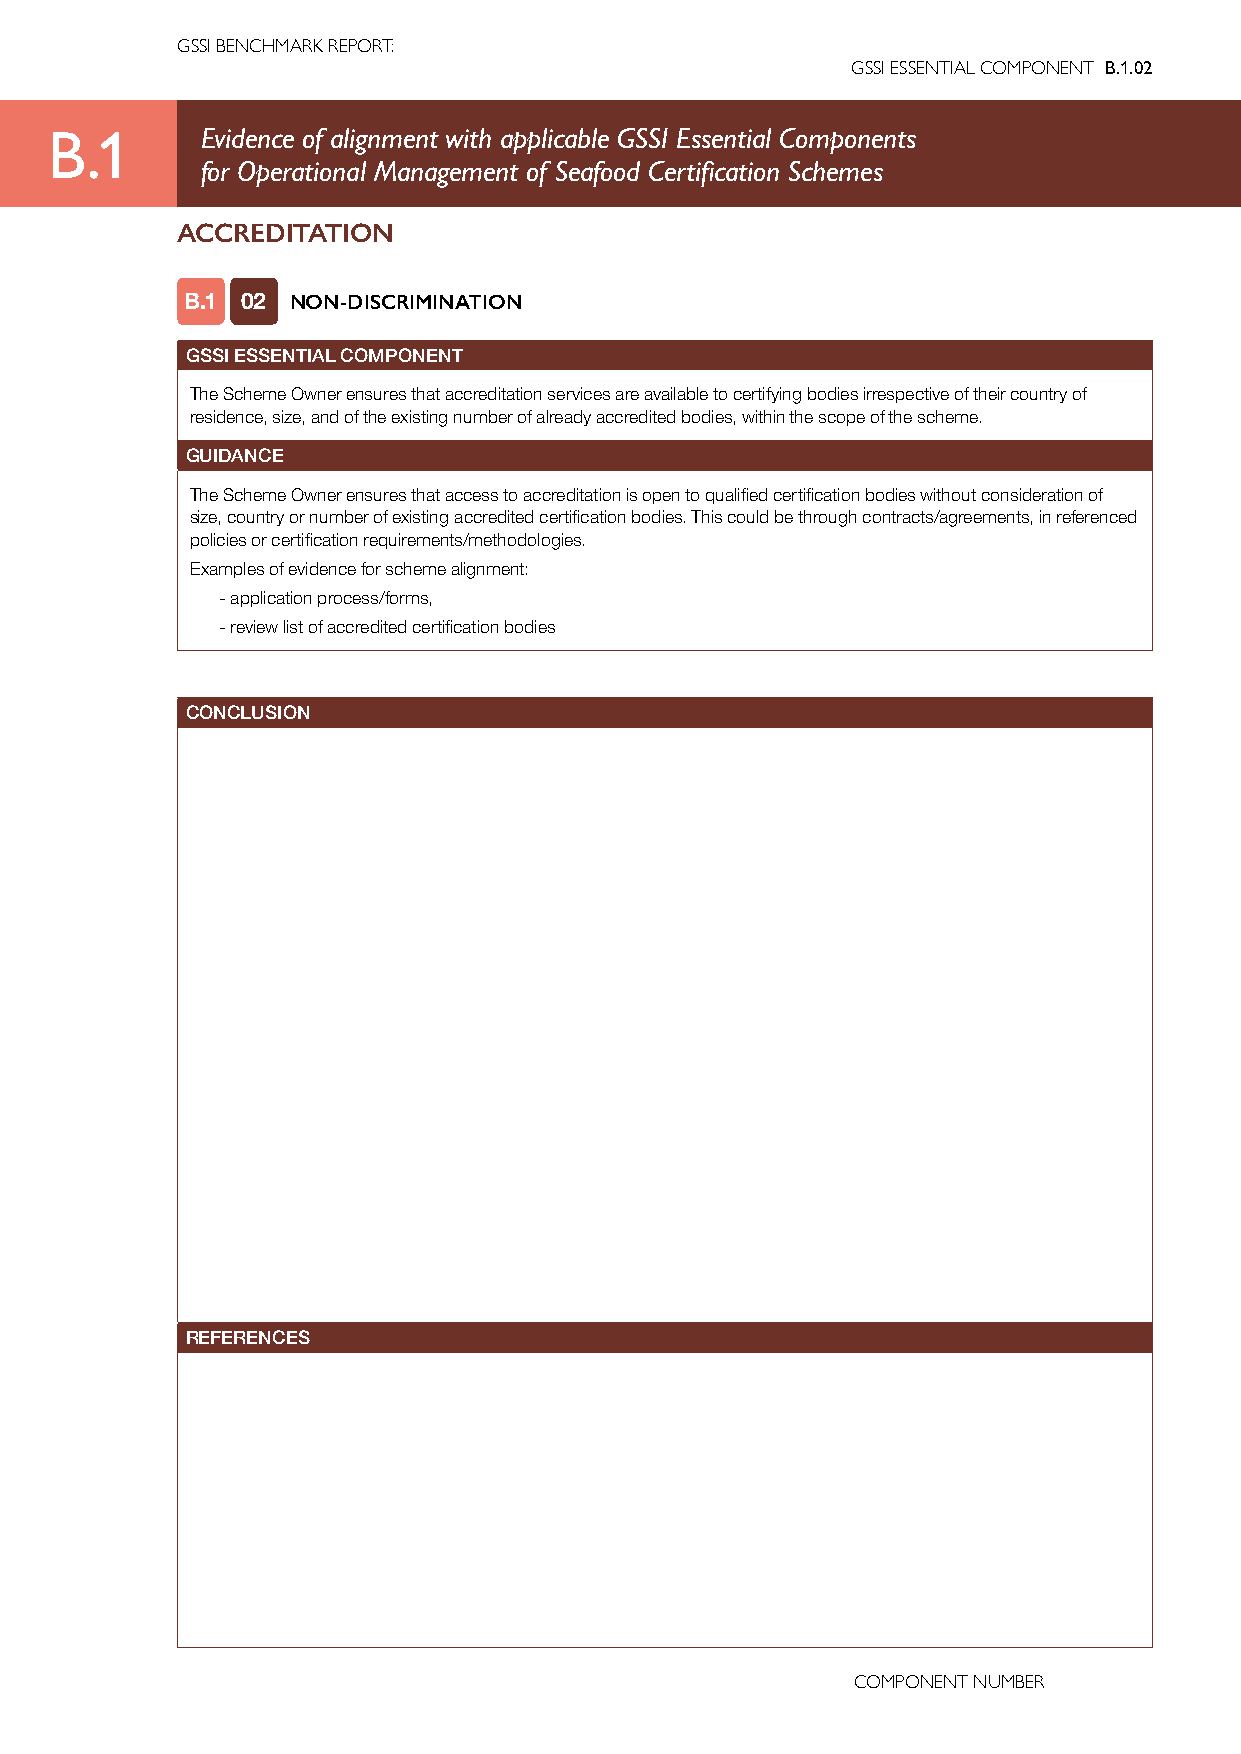
GSSI BENCHMARK REPORT:
 GSSI ESSENTIAL COMPONENT B.1.02
 B.1       Evidence of alignment with applicable GSSI Essential Components
 for Operational Management of Seafood Certification Schemes
 ACCREDITATION
 B.1 02 NON-DISCRIMINATION
 GSSI ESSENTIAL COMPONENT
 The Scheme Owner ensures that accreditation services are available to certifying bodies irrespective of their country of
 residence, size, and of the existing number of already accredited bodies, within the scope of the scheme.
 GUIDANCE
 The Scheme Owner ensures that access to accreditation is open to qualified certification bodies without consideration of
 size, country or number of existing accredited certification bodies. This could be through contracts/agreements, in referenced
 policies or certification requirements/methodologies.
 Examples of evidence for scheme alignment:
 -application process/forms,
 -review list of accredited certification bodies
 CONCLUSION
 REFERENCES
 COMPONENT NUMBER